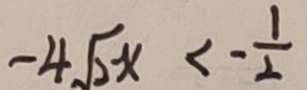
- 4 \sqrt { 2 } x < - \frac { 1 } { 2 }